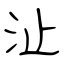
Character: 沚